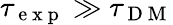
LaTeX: \tau_{\mathrm{~e~x~p~}}\gg\tau_{\mathrm{~D~M~}}